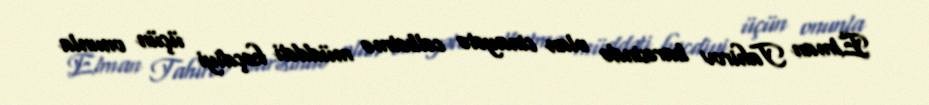
Elman Tahirov barəsində olan cinayətə cəlbetmə müddəti keçdiyi üçün onunla